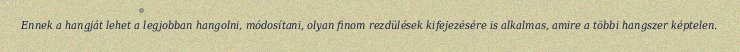
Ennek a hangját lehet a legjobban hangolni, módosítani, olyan finom rezdülések kifejezésére is alkalmas, amire a többi hangszer képtelen.